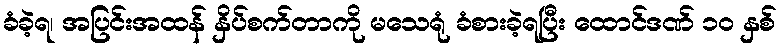
ခံခဲ့ရ၊ အပြင်းအထန် နှိပ်စက်တာကို မသေရုံ ခံစားခဲ့ရပြီး ထောင်ဒဏ် ၁၀ နှစ်